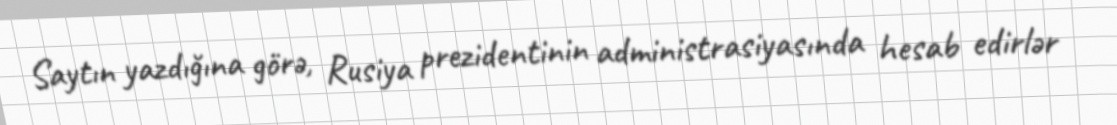
Saytın yazdığına görə, Rusiya prezidentinin administrasiyasında hesab edirlər